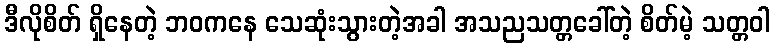
ဒီလိုစိတ် ရှိနေတဲ့ ဘဝကနေ သေဆုံးသွားတဲ့အခါ အသညသတ္တခေါ်တဲ့ စိတ်မဲ့ သတ္တဝါ